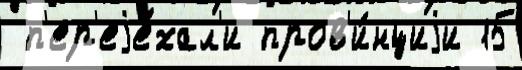
 п'ер'еjе́хал'и пров'и́нциjи 15